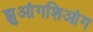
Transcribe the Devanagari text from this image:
झुआंगशिआंग